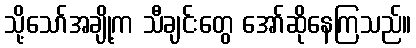
သို့သော်အချို့က သီချင်းတွေ အော်ဆိုနေကြသည်။